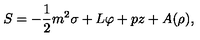
S = - { \frac { 1 } { 2 } } { { m ^ { 2 } } \sigma } + L \varphi + p z + A ( \rho ) ,